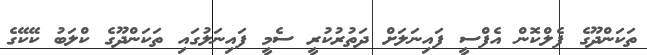
ތަކަންދޫގެ ފެލްކޮން އެފްސީ ފައިނަލަށް ދަތުރުކުރީ ސެމީ ފައިނަލުގައި ތަކަންދޫގެ ކްލަބު ކޭކޭގެ